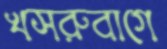
খসরুবাগে